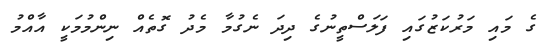
ގެ މައި މަރުކަޒުގައި ފަލަސްތީނުގެ ދިދަ ނެގުމާ މެދު ގޮތެއް ނިންމުމަކީ އާއްމު